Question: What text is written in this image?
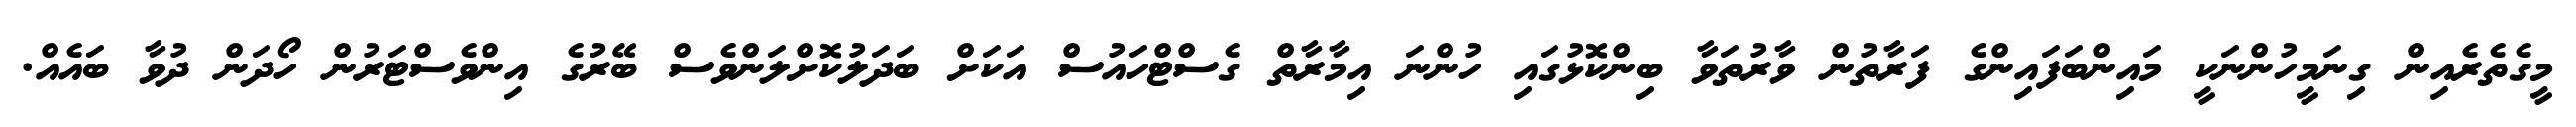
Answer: މީގެތެރެއިން ގިނަމީހުންނަކީ މައިންބަފައިންގެ ފަރާތުން ވާރުތަވާ ބިންކޮޅުގައި ހުންނަ އިމާރާތް ގެސްޓްހައުސް އަކަށް ބަދަލުކޮށްލަންވެސް ބޭރުގެ އިންވެސްޓަރުން ހޯދަން ދުވާ ބައެއް.